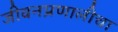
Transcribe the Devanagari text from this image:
जीवनप्रणालीचा